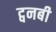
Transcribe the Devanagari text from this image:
ट्वनबी